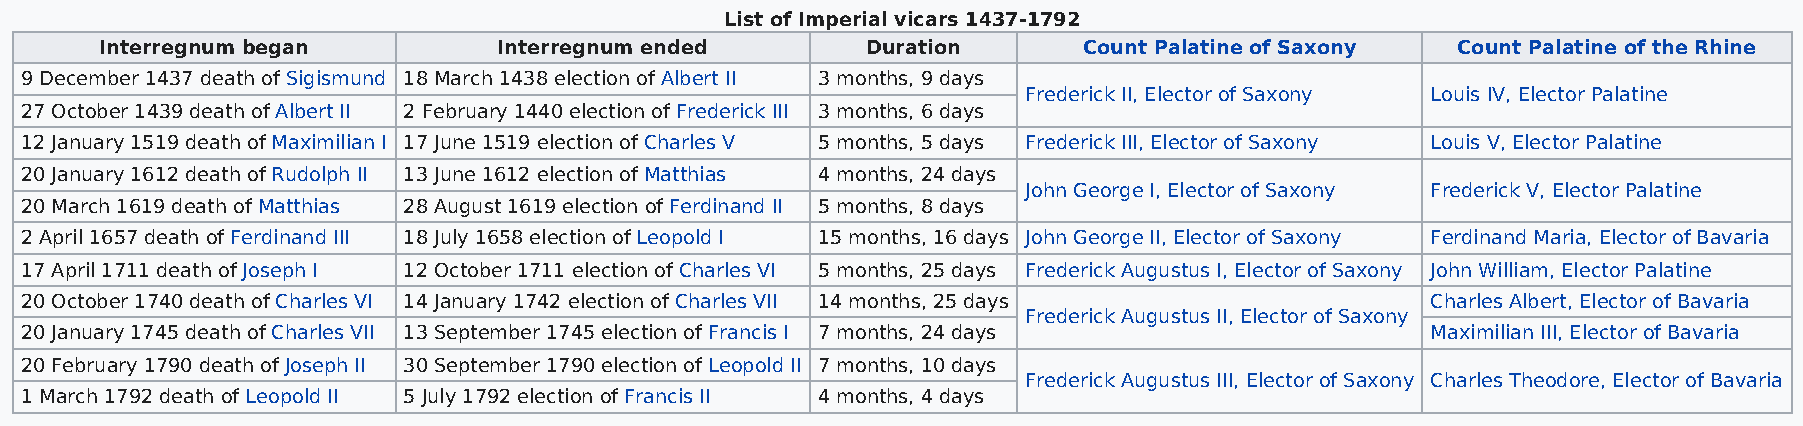
List of Imperial vicars 1437-1792
 Interregnum began         Interregnum ended       Duration       Count Palatine of Saxony Count Palatine of the Rhine
 9 December 1437 death of Sigismund 18 March 1438 election of Albert II 3 months, 9 days
 Frederick II, Elector of Saxony Louis IV, Elector Palatine
 27 October 1439 death of Albert II 2 February 1440 election of Frederick III 3 months, 6 days
 12 January 1519 death of Maximilian I 17 June 1519 election of Charles V 5 months, 5 days Frederick III, Elector of Saxony Louis V, Elector Palatine
 20 January 1612 death of Rudolph II 13 June 1612 election of Matthias 4 months, 24 days
 John George I, Elector of Saxony Frederick V, Elector Palatine
 20 March 1619 death of Matthias 28 August 1619 election of Ferdinand II 5 months, 8 days
 2 April 1657 death of Ferdinand III 18 July 1658 election of Leopold I 15 months, 16 days John George II, Elector of Saxony Ferdinand Maria, Elector of Bavaria
 17 April 1711 death of Joseph I 12 October 1711 election of Charles VI 5 months, 25 days Frederick Augustus I, Elector of Saxony John William, Elector Palatine
 20 October 1740 death of Charles VI 14 January 1742 election of Charles VII 14 months, 25 days Charles Albert, Elector of Bavaria
 Frederick Augustus II, Elector of Saxony
 20 January 1745 death of Charles VII 13 September 1745 election of Francis I 7 months, 24 days Maximilian III, Elector of Bavaria
 20 February 1790 death of Joseph II 30 September 1790 election of Leopold II 7 months, 10 days
 Frederick Augustus III, Elector of Saxony Charles Theodore, Elector of Bavaria
 1 March 1792 death of Leopold II 5 July 1792 election of Francis II 4 months, 4 days